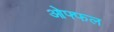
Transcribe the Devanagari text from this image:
ओफ्फल